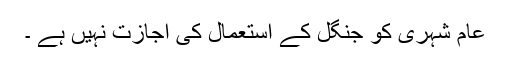
عام شہری کو جنگل کے استعمال کی اجازت نہیں ہے ۔